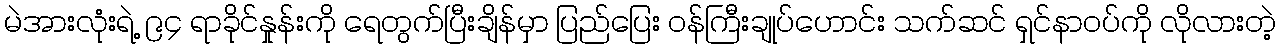
မဲအားလုံးရဲ့ ၉၄ ရာခိုင်နှုန်းကို ရေတွက်ပြီးချိန်မှာ ပြည်ပြေး ဝန်ကြီးချုပ်ဟောင်း သက်ဆင် ရှင်နာဝပ်ကို လိုလားတဲ့